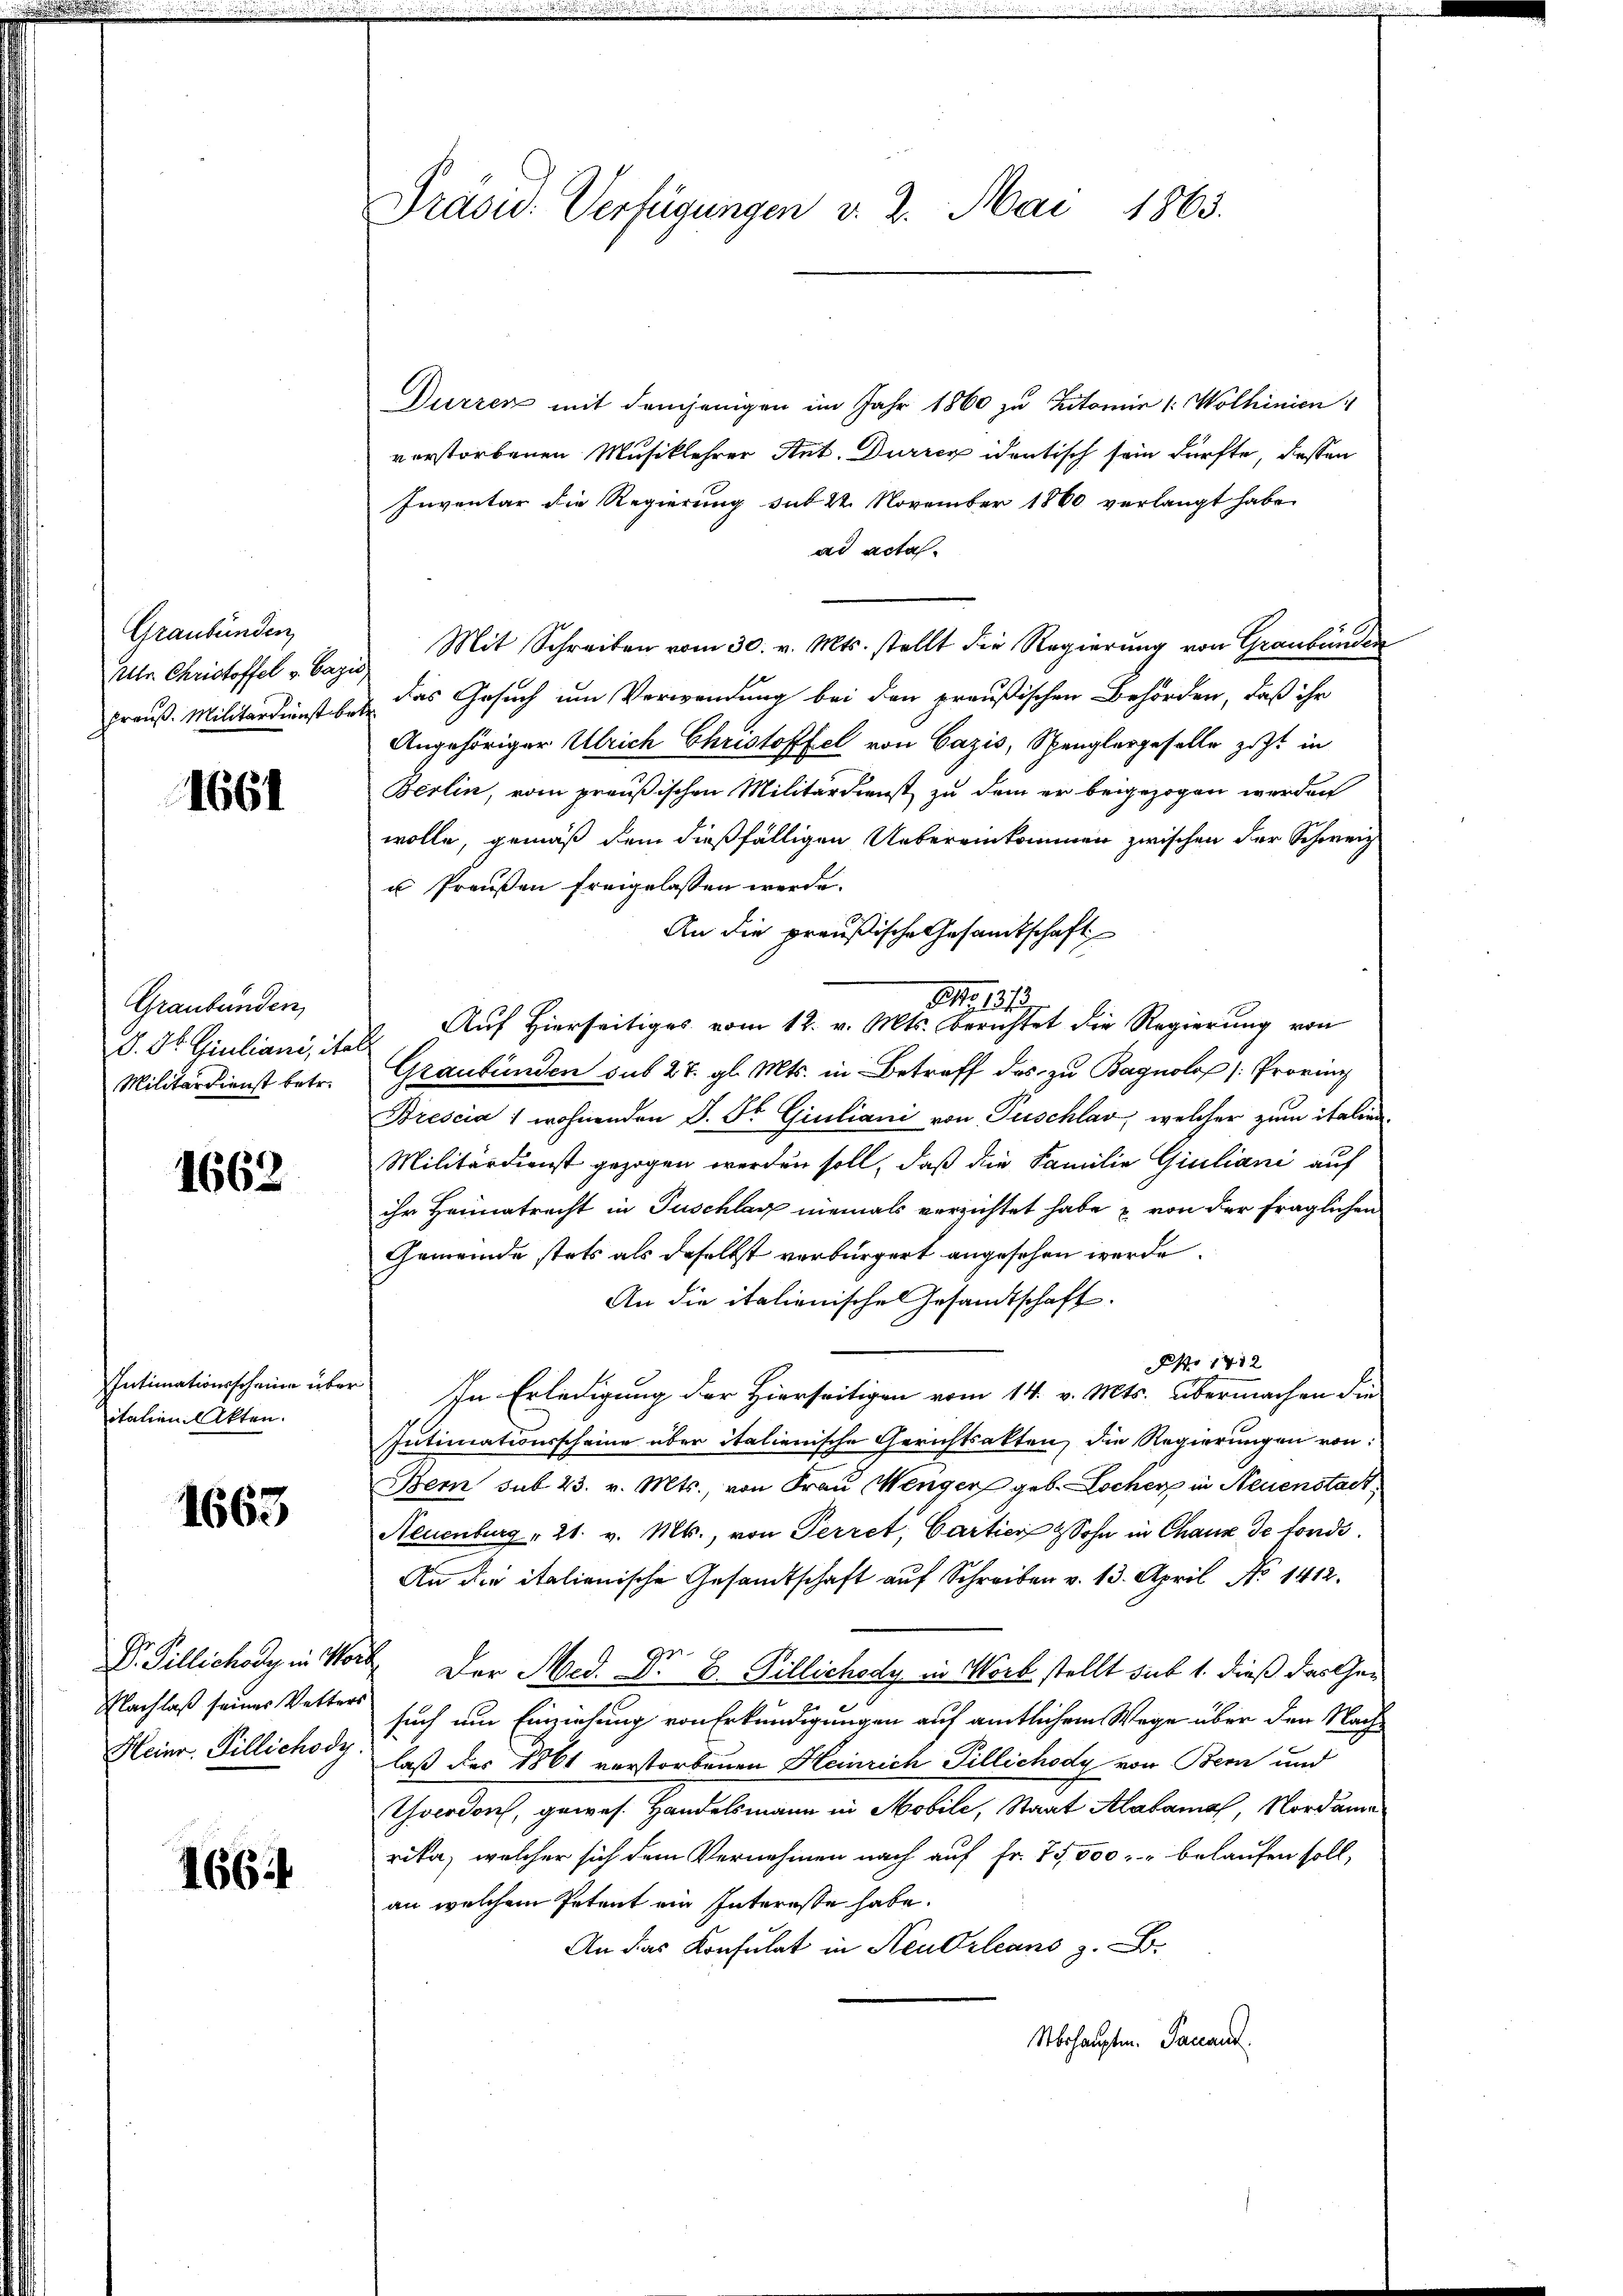
Graubünden
Ulr. Christoffel v. Bazu
frauß. Militärdienst be¬

1661

Graubünden
D. Dr. Giuliani, ite
Militärdienst betr.

1662

Intimationsscheine über
italien Akten.

1663

Dr. Gillichody in Wor
Nachlaß seines Vetter
Heinr. Tillichody

1664

Präsid. Verfügungen v. 2. Mai 1863.

Durren mit demjenigen im Jahr 1860 zu Kitomie (: Wolhinien
verstorbenen Musiklehrer Ant. Durren identisch sein dürfte, dessen
Inventar die Regierung sub 22 November 1860 verlangt habe.
ad acta.
Mit Schreiben vom 30. v. Mts. stellt die Regierung von Graubünden
das Gesuch um Verwendung bei den preußischen Behörden, daß ihr
Angehöriger Ulrich Christoffel von Cazis, Spenglergeselle zust in
Berlin, vom preußischen Militärdienst zu dem er beigezogen werden
wolle, gemäß dem dießfälligen Uebereinkommen zwischen der Schweiz
u Preußen freigelassen werde.
An die preußische Gesandtschaft
S. 131
Auf Hierseitiges vom 12. v. Mts. berichtet die Regierung von
Graubünden sub 27. gl. Mts. in Betreff des zu Bagnolop (Provis
Brescia 1 wohnenden J. St. Giuliani von Peschlar, welcher zum italien
Militärdienst gezogen werden soll, daß die Familie Giuliani auf
ihr Heimatrecht in Puschlag niemals verrichtet habe & von der fraglichen
Gemeinde stets als daselbst verbürgert angesehen werde.
An die italienischen Gesandtschaft.
Ao 1712
In Erledigung der Hierseitigen vom 14. v. Mts. übermachen die
Intimationsscheine über italienische Gerichtsakten, die Regierungen von:
Bern sub. 23. v. Mts., von Frau Menger geb. Locher in Neuenstadt,
Neuenburg " 21. v. Mts., von Perret, Cartier & Sohn in Chaux de fonds¬
An die italienische Gesandtschaft auf Schreiben v. 13. April No 1412.
ge
. Der Med. A. B. Pillichody in Worb stellt sub 1. dieß das Gesuch um Einziehung von Erkundigungen auf amtlichem Wege über den Nachlaß der 1861 verstorbenen Heinrich Pillichody von Bern und
Thoerdorf, gewes. Handelsmann in Mobile, Staat Alabama, Nordame
rika, welcher sich dem Vernehmen nach auf Fr. 75,000. belaufen soll,
an welchem Petent ein Interesse habe.
An das Konsulat in Neu Orleans z. B.
Übehauptm. Panant.